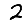
Digit: 2